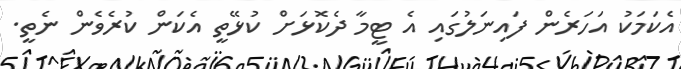
އެކަމަކު އަހަރެން ފައިނަލުގައި އެ ޓީމާ ދެކޮޅަށް ކުޅޭތީ އެކަން ކުރެވެން ނެތީ.